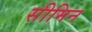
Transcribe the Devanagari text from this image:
सीमिन